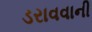
ડરાવવાની